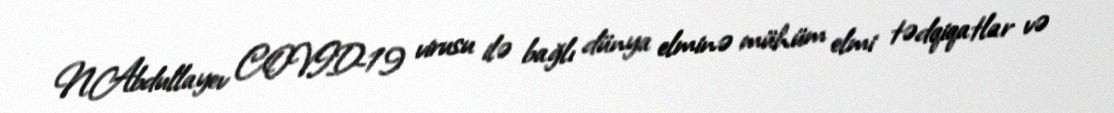
N.Abdullayev COVID-19 virusu ilə bağlı dünya elminə mühüm elmi tədqiqatlar və